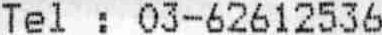
TEL : 03-62612536